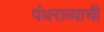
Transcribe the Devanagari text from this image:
पंधराव्याची